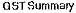
GST SUMMARY